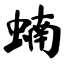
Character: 蝻